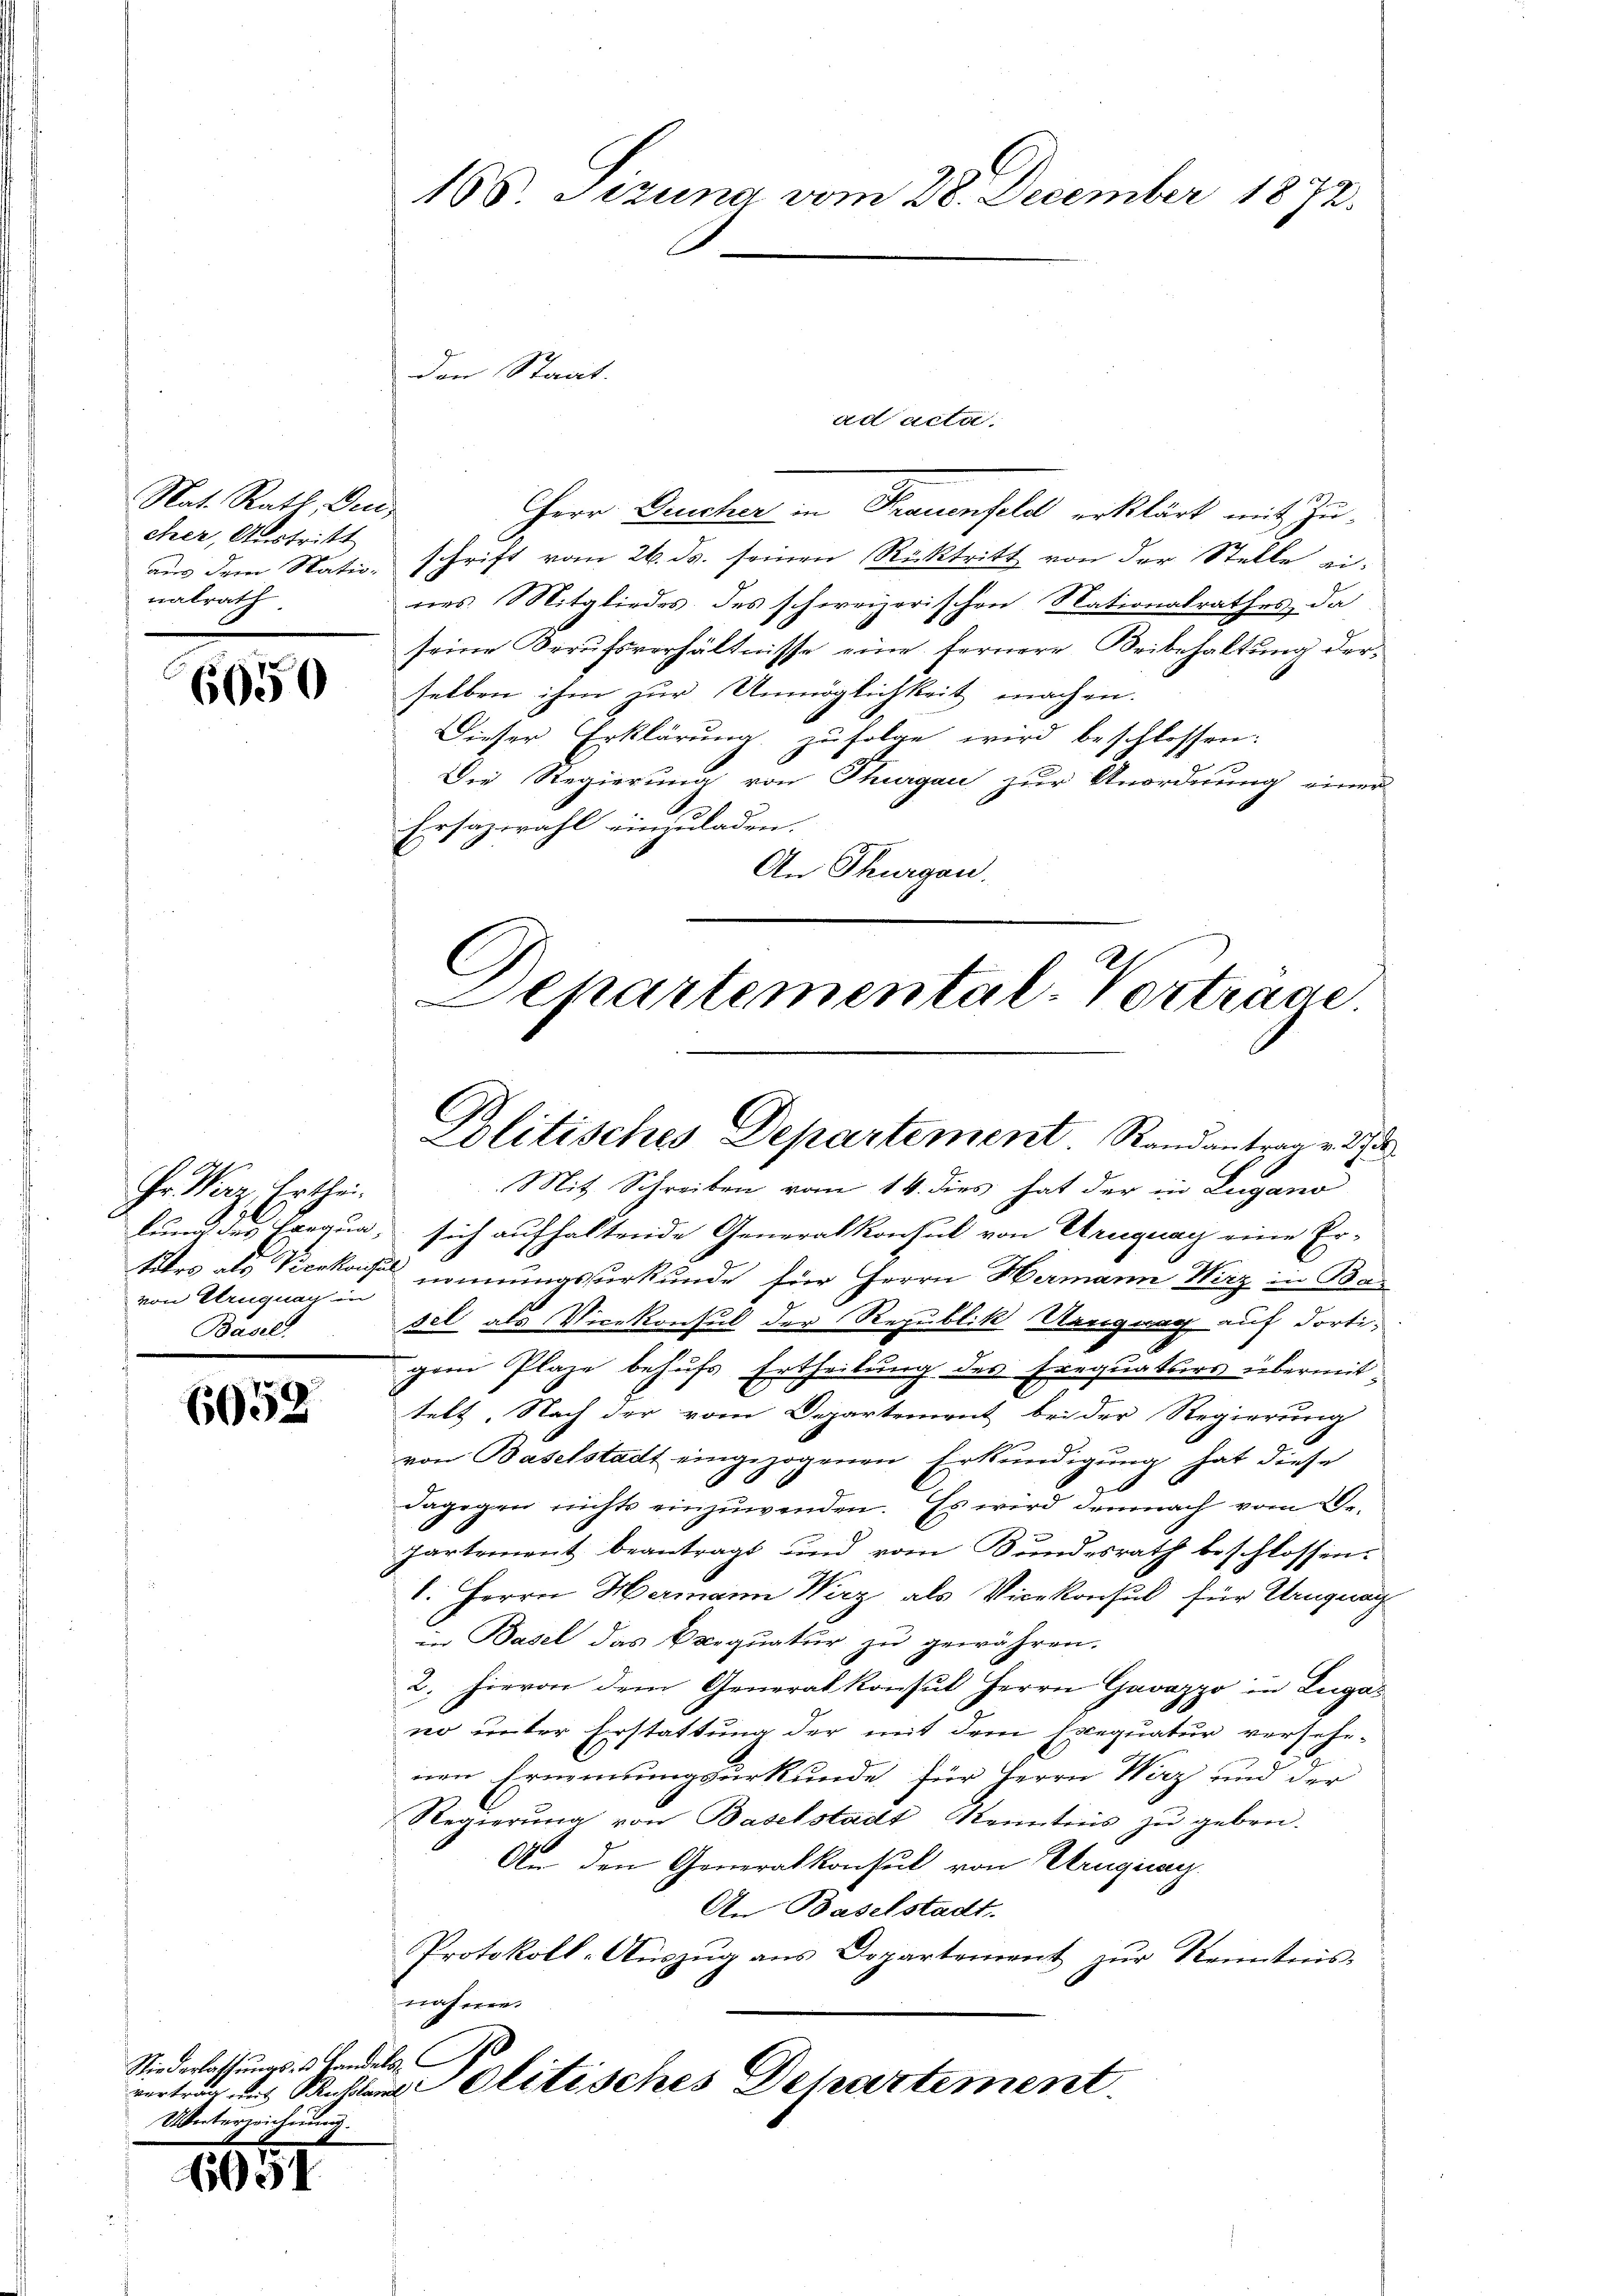
Nat. Rath, Deu
cher, Austritt
nalrath

6050

r Vaz Erthe
von Uruguay in
Basel

6052

Niederlathungs- & Handels,
Unterzeichnung.

1651

165 Sizung vom 28. December 1872.

den Staat.
ad acta
Herr Drucher in Frauenfeld erklärt mit Zuaus dem Nata, schrift vom 26. ds. seinen Rücktritt von der Stelle ei-
nes Mitgliedes des schweizerischen Nationalrathes, da
seine Berufsverhältnisse eine fernere Beibehaltung derselben ihm zur Unmöglichkeit machen.
Dieser Erklärung zufolge wird beschlossen:
Die Regierung von Thurgau zur Anordnung einer
A
Ersazwahl einzuladen.
An Thurgau.
C

Mit Schreiben vom 14. dies hat der in Lugano
lung des Exequa, sich aufhaltende Generalkonsul von Uruguay eine Er-
tites als Vicekonsul nennungsurkunde für Herrn Hermann Wirz in Bas
sel als Vicekonsul der Republik Urugung auf dortigem Plaze behufs Ertheilung des Erequaturs übermit
telt. Nach der vom Departement bei der Regierung
von Baselstadt eingezogenen Erkundigung hat diese
6
dagegen nichts einzuwenden. Es wird demnach vom 2.
partement beantragt und vom Bundesrath beschlossen:
l. Herrn Hermann Wirz, als Vicekonsul für Uruguag
in Basel das Exequatur zu gewähren.
2. hievon dem Generalkonsul Herrn Gavazzo in Luga
no unter Erstattung der mit dem Exequatur versehenen Ernennungsurkunde für Herrn Wirz und der
Regierung von Baselstadt Kenntnis zu geben.
An den Generalkonsul von Uruguay.
An Baselstadt.
Protokoll-Aŭszŭg ans Departement zŭr Kenntnis-
nähme.
vertrag aus Rabl Olitisches Departement

Departemental-Vortrage.
Politisches Departement Randantrag v. S